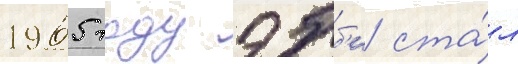
1965 году эбб'и ста́л